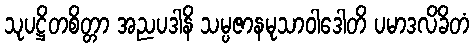
သုပဋ္ဌိတစိတ္တာ အညပဒါနိ သမ္ပဇာနမုသာဝါဒေါတိ ပမာဒလိခိတံ